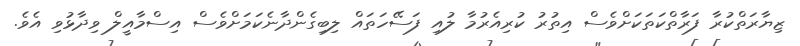
ޒިޔާރަތްކުރާ ފަރާތްކަތަކަށްވެސް އިތުރު ކުރިއެރުމާ ލުއި ފަސޭހަތައް ލިބިގެންދާނެކަމަށްވެސް އިސްމާއީލް ވިދާޅުވި އެވެ.